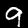
Label: 9